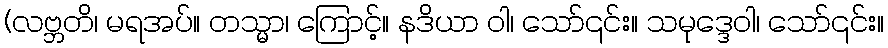
(လဗ္ဘတိ၊ မရအပ်။ တသ္မာ၊ ကြောင့်။ နဒိယာ ဝါ၊ သော်၎င်း။ သမုဒ္ဒေဝါ၊ သော်၎င်း။